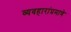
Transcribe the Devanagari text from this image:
व्यवहारांप्रमाणे